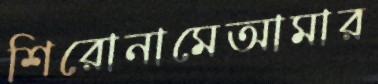
শিরোনামেআমার